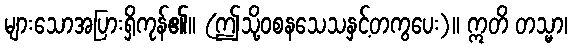
များသောအပြားရှိကုန်၏။ (ဤသို့ဝစနသေသနှင့်တကွပေး)။ ဣတိ တသ္မာ၊